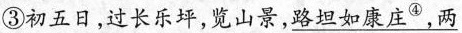
③初五日，过长乐坪，览山景，\underline{路如康庄^{④}，两